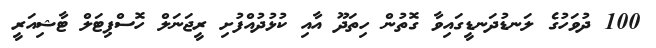
100 ދުވަހުގެ ލަނޑުދަނޑީގައިވާ ގޮތުން ހިތަދޫ އާއި ކުޅުދުއްފުށި ރީޖަނަލް ހޮސްޕިޓަލް ޓާޝިއަރީ